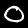
Digit: 0